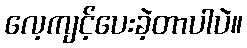
လေ့ကျင့်ပေးခဲ့တာပါပဲ။